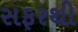
સફરથી